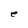
Character: e